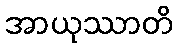
အာယုဿာတိ